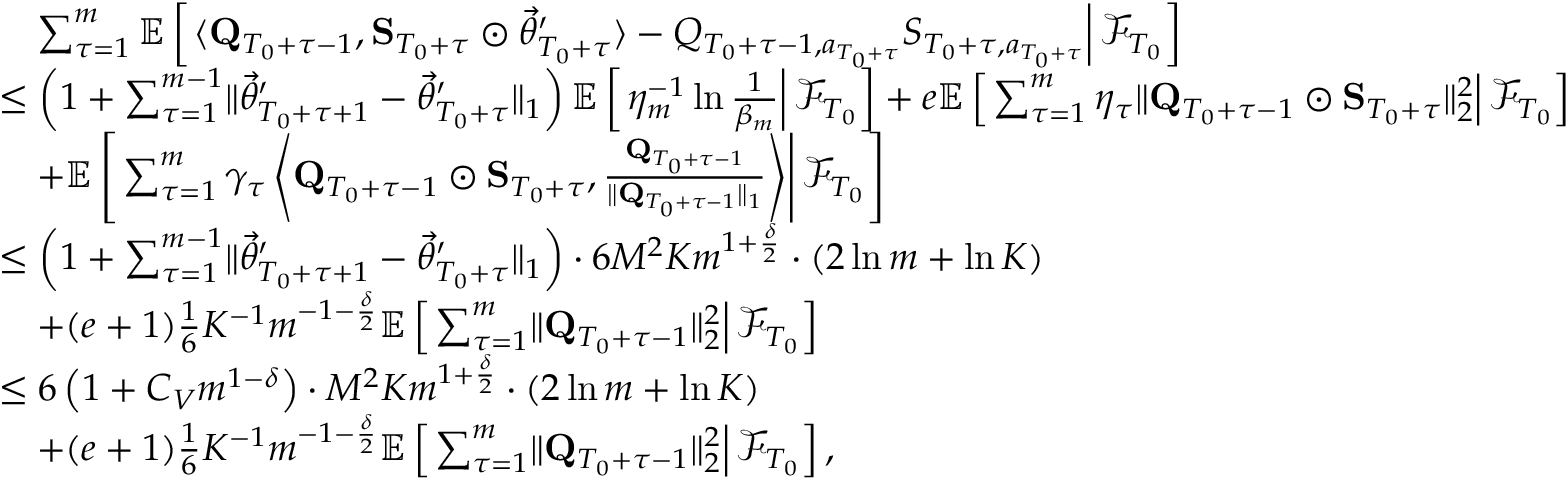
\begin{array} { r l } & { \quad \sum _ { \tau = 1 } ^ { m } \mathbb E \left[ \left. \langle \mathbf Q _ { T _ { 0 } + \tau - 1 } , \mathbf S _ { T _ { 0 } + \tau } \odot \vec { \theta } _ { T _ { 0 } + \tau } ^ { \prime } \rangle - Q _ { T _ { 0 } + \tau - 1 , a _ { T _ { 0 } + \tau } } S _ { T _ { 0 } + \tau , a _ { T _ { 0 } + \tau } } \right\rvert \mathcal F _ { T _ { 0 } } \right] } \\ & { \le \left( 1 + \sum _ { \tau = 1 } ^ { m - 1 } \lVert \vec { \theta } _ { T _ { 0 } + \tau + 1 } ^ { \prime } - \vec { \theta } _ { T _ { 0 } + \tau } ^ { \prime } \rVert _ { 1 } \right) \mathbb E \left[ \left. \eta _ { m } ^ { - 1 } \ln \frac 1 { \beta _ { m } } \right\rvert \mathcal F _ { T _ { 0 } } \right] + e \mathbb E \left[ \left. \sum _ { \tau = 1 } ^ { m } \eta _ { \tau } \lVert \mathbf Q _ { T _ { 0 } + \tau - 1 } \odot \mathbf S _ { T _ { 0 } + \tau } \rVert _ { 2 } ^ { 2 } \right\rvert \mathcal F _ { T _ { 0 } } \right] } \\ & { \quad + \mathbb E \left[ \left. \sum _ { \tau = 1 } ^ { m } \gamma _ { \tau } \left\langle \mathbf Q _ { T _ { 0 } + \tau - 1 } \odot \mathbf S _ { T _ { 0 } + \tau } , \frac { \mathbf Q _ { T _ { 0 } + \tau - 1 } } { \lVert \mathbf Q _ { T _ { 0 } + \tau - 1 } \rVert _ { 1 } } \right\rangle \right\vert \mathcal F _ { T _ { 0 } } \right] } \\ & { \le \left( 1 + \sum _ { \tau = 1 } ^ { m - 1 } \lVert \vec { \theta } _ { T _ { 0 } + \tau + 1 } ^ { \prime } - \vec { \theta } _ { T _ { 0 } + \tau } ^ { \prime } \rVert _ { 1 } \right) \cdot 6 M ^ { 2 } K m ^ { 1 + \frac \delta 2 } \cdot \left( 2 \ln m + \ln K \right) } \\ & { \quad + ( e + 1 ) \frac 1 6 K ^ { - 1 } m ^ { - 1 - \frac \delta 2 } \mathbb E \left[ \left. \sum _ { \tau = 1 } ^ { m } \lVert \mathbf Q _ { T _ { 0 } + \tau - 1 } \rVert _ { 2 } ^ { 2 } \right\rvert \mathcal F _ { T _ { 0 } } \right] } \\ & { \le 6 \left( 1 + C _ { V } m ^ { 1 - \delta } \right) \cdot M ^ { 2 } K m ^ { 1 + \frac \delta 2 } \cdot \left( 2 \ln m + \ln K \right) } \\ & { \quad + ( e + 1 ) \frac 1 6 K ^ { - 1 } m ^ { - 1 - \frac \delta 2 } \mathbb E \left[ \left. \sum _ { \tau = 1 } ^ { m } \lVert \mathbf Q _ { T _ { 0 } + \tau - 1 } \rVert _ { 2 } ^ { 2 } \right\rvert \mathcal F _ { T _ { 0 } } \right] , } \end{array}